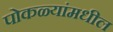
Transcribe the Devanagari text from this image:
पोकळ्यांमधील